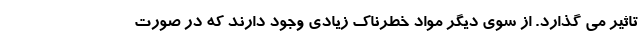
تاثیر می گذارد. از سوی دیگر مواد خطرناک زیادی وجود دارند که در صورت